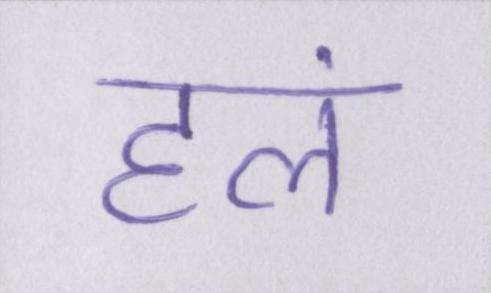
हलं